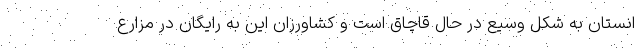
انستان به شکل وسیع در حال قاچاق است و کشاورزان این به رایگان در مزارع